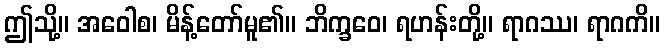
ဤသို့။ အဝေါစ၊ မိန့်တော်မူ၏။ ဘိက္ခဝေ၊ ရဟန်းတို့။ ရာဂဿ၊ ရာဂကိ။